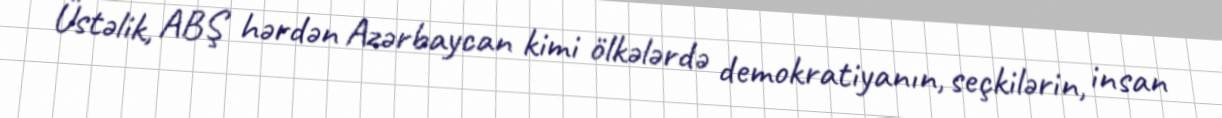
Üstəlik, ABŞ hərdən Azərbaycan kimi ölkələrdə demokratiyanın, seçkilərin, insan